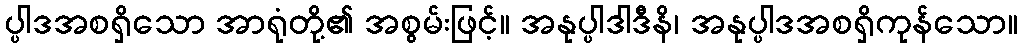
ပ္ပါဒအစရှိသော အာရုံတို့၏ အစွမ်းဖြင့်။ အနုပ္ပါဒါဒီနိ၊ အနုပ္ပါဒအစရှိကုန်သော။